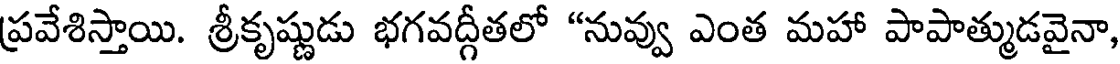
ప్రవేశిస్తాయి. శ్రీకృష్ణుడు భగవద్గీతలో "నువ్వు ఎంత మహా పాపాత్ముడవైనా,